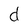
Character: d